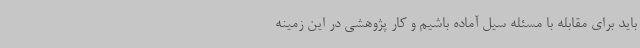
باید برای مقابله با مسئله سیل آماده باشیم و کار پژوهشی در این زمینه